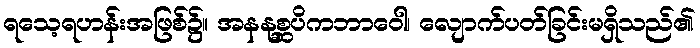
ရသေ့ရဟန်းအဖြစ်၌။ အနနုစ္ဆပိကဘာဝေါ၊ လျောက်ပတ်ခြင်းမရှိသည်၏